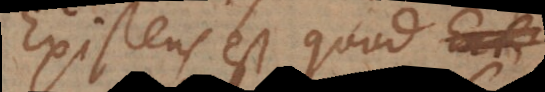
Existens est quod